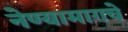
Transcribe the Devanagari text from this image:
नेण्यामागचे